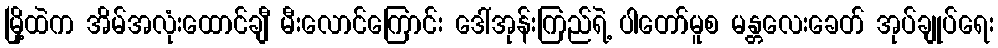
မြို့ထဲက အိမ်အလုံးထောင်ချီ မီးလောင်ကြောင်း ဒေါ်အုန်းကြည်ရဲ့ ပါတော်မူစ မန္တလေးခေတ် အုပ်ချုပ်ရေး